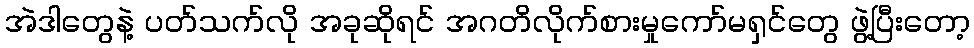
အဲဒါတွေနဲ့ ပတ်သက်လို အခုဆိုရင် အဂတိလိုက်စားမှုကော်မရှင်တွေ ဖွဲ့ပြီးတော့